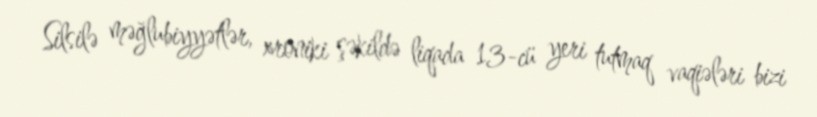
Silsilə məğlubiyyətlər, xroniki şəkildə liqada 13-cü yeri tutmaq vaqiələri bizi